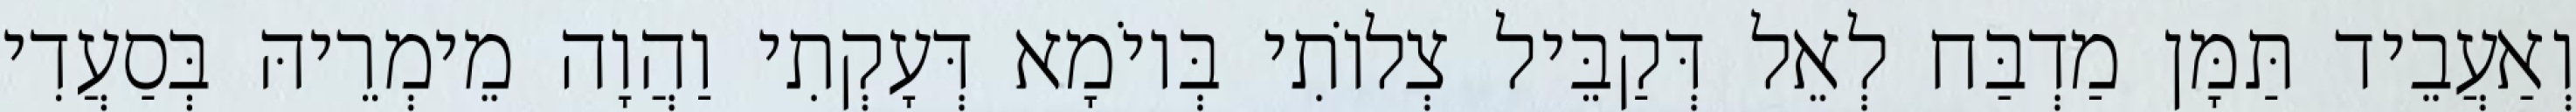
וְאַעֲבֵיד תַּמָּן מַדְבַּח לְאֵל דְּקַבֵּיל צְלוֹתִי בְּיוֹמָא דְּעָקְתִי וַהֲוָה מֵימְרֵיהּ בְּסַעֲדִי